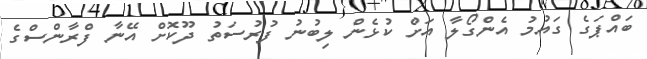
ބައްޕަގެ ގައުމު އެންގޯލާ އަށް ކުޅެން ލިބުނު ފުރުސަތު ދޫކޮށް އޭނާ ފްރާންސްގެ